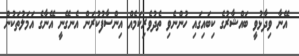
އޭނާ ވިދާޅުވީ ބައްޝާރުގެ ކިބައިގައި ހުންނެވި ތެދުވެރިކަމެއް އިންސާފުކުރަން އެނގޭނީ އޭނާގެ އަމަލުތަކުން